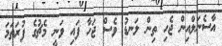
އާސެނަލްއިން ޖެހި ތިން ލަނޑު ވެސް ޖަހާ ފައި ވަނީ މެޗުގެ ފުރަތަމަ